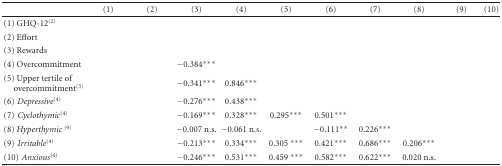
<table><thead><tr><td>[EMPTY_CELL]</td><td><b>(1)</b></td><td><b>(2) </b></td><td><b>(3)</b></td><td><b>(4)</b></td><td><b>(5)</b></td><td><b>(6)</b></td><td><b>(7)</b></td><td><b>(8)</b></td><td><b>(9)</b></td><td><b>(10)</b></td></tr></thead><tbody><tr><td>(1) GHQ-12<sup>(2)</sup></td><td>[EMPTY_CELL]</td><td>[EMPTY_CELL]</td><td>[EMPTY_CELL]</td><td>[EMPTY_CELL]</td><td>[EMPTY_CELL]</td><td>[EMPTY_CELL]</td><td>[EMPTY_CELL]</td><td>[EMPTY_CELL]</td><td>[EMPTY_CELL]</td><td>[EMPTY_CELL]</td></tr><tr><td>(2) Effort</td><td>[EMPTY_CELL]</td><td>[EMPTY_CELL]</td><td>[EMPTY_CELL]</td><td>[EMPTY_CELL]</td><td>[EMPTY_CELL]</td><td>[EMPTY_CELL]</td><td>[EMPTY_CELL]</td><td>[EMPTY_CELL]</td><td>[EMPTY_CELL]</td><td>[EMPTY_CELL]</td></tr><tr><td>(3) Rewards</td><td>[EMPTY_CELL]</td><td>[EMPTY_CELL]</td><td>[EMPTY_CELL]</td><td>[EMPTY_CELL]</td><td>[EMPTY_CELL]</td><td>[EMPTY_CELL]</td><td>[EMPTY_CELL]</td><td>[EMPTY_CELL]</td><td>[EMPTY_CELL]</td><td>[EMPTY_CELL]</td></tr><tr><td>(4) Overcommitment</td><td>[EMPTY_CELL]</td><td>[EMPTY_CELL]</td><td>−0.384***</td><td>[EMPTY_CELL]</td><td>[EMPTY_CELL]</td><td>[EMPTY_CELL]</td><td>[EMPTY_CELL]</td><td>[EMPTY_CELL]</td><td>[EMPTY_CELL]</td><td>[EMPTY_CELL]</td></tr><tr><td>(5) Upper tertile ofovercommitment<sup>(3)</sup></td><td>[EMPTY_CELL]</td><td>[EMPTY_CELL]</td><td>−0.341***</td><td>0.846***</td><td>[EMPTY_CELL]</td><td>[EMPTY_CELL]</td><td>[EMPTY_CELL]</td><td>[EMPTY_CELL]</td><td>[EMPTY_CELL]</td><td>[EMPTY_CELL]</td></tr><tr><td>(6) <i>Depressive </i><sup>(4)</sup></td><td>[EMPTY_CELL]</td><td>[EMPTY_CELL]</td><td>−0.276***</td><td>0.438***</td><td>[EMPTY_CELL]</td><td>[EMPTY_CELL]</td><td>[EMPTY_CELL]</td><td>[EMPTY_CELL]</td><td>[EMPTY_CELL]</td><td>[EMPTY_CELL]</td></tr><tr><td>(7) <i>Cyclothymic </i><sup>(4)</sup></td><td>[EMPTY_CELL]</td><td>[EMPTY_CELL]</td><td>−0.169***</td><td>0.328***</td><td>0.295***</td><td>0.501***</td><td>[EMPTY_CELL]</td><td>[EMPTY_CELL]</td><td>[EMPTY_CELL]</td><td>[EMPTY_CELL]</td></tr><tr><td>(8) <i>Hyperthymic </i><sup>(4)</sup></td><td>[EMPTY_CELL]</td><td>[EMPTY_CELL]</td><td>−0.007 n.s.</td><td>−0.061 n.s.</td><td>[EMPTY_CELL]</td><td>−0.111**</td><td>0.226***</td><td>[EMPTY_CELL]</td><td>[EMPTY_CELL]</td><td>[EMPTY_CELL]</td></tr><tr><td>(9) <i>Irritable </i><sup>(4)</sup></td><td>[EMPTY_CELL]</td><td>[EMPTY_CELL]</td><td>−0.213***</td><td>0.334***</td><td>0.305 ***</td><td>0.421***</td><td>0.686***</td><td>0.206***</td><td>[EMPTY_CELL]</td><td>[EMPTY_CELL]</td></tr><tr><td>(10) <i>Anxious </i><sup>(4)</sup></td><td>[EMPTY_CELL]</td><td>[EMPTY_CELL]</td><td>−0.246***</td><td>0.531***</td><td>0.459 ***</td><td>0.582***</td><td>0.622***</td><td>0.020 n.s.</td><td>[EMPTY_CELL]</td><td>[EMPTY_CELL]</td></tr></tbody></table>